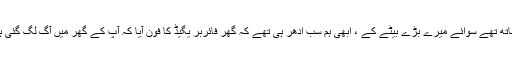
سب بچے ہمارے ساتھ تھے سوائے میرے بڑے بیٹے کے ، ابھی ہم سب ادھر ہی تھے کہ گھر فائربر یگیڈ کا فون آیا کہ آپ کے گھر میں آگ لگ گئی ہے ،بیٹا ٹھیک ہے ۔